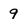
Character: 9